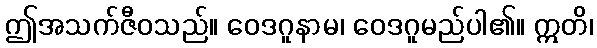
ဤအသက်ဇီဝသည်။ ဝေဒဂူနာမ၊ ဝေဒဂူမည်ပါ၏။ ဣတိ၊